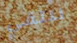
نلتقي